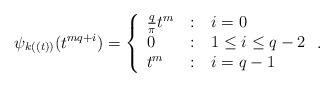
LaTeX: \begin{align*}\psi_{k((t))}(t^{mq+i})=\left\{\begin{array}{l@{\quad:\quad}l}\frac{q}{\pi}t^m& i=0\\0& 1\le i\le q-2\\t^m& i=q-1\end{array}\right..\end{align*}